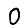
Digit: 0